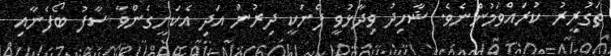
ތަގުރީރު ކުރައްވަމުންނެވެ. ޝާހިދު ވިދާޅުވީ ފެނަކީ ދިރުން އަދި އެކަށީގެންވާ ސާފު ބޯފެނާއި